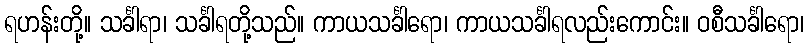
ရဟန်းတို့။ သင်္ခါရာ၊ သင်္ခါရတို့သည်။ ကာယသင်္ခါရော၊ ကာယသင်္ခါရလည်းကောင်း။ ဝစီသင်္ခါရော၊